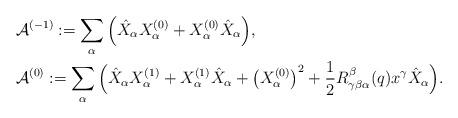
LaTeX: \begin{align*}&\mathcal{A}^{(-1)}:=\sum_{\alpha} \Big(\hat{X}_\alpha X_\alpha^{(0)}+X_\alpha^{(0)}\hat{X}_\alpha\Big),\\&\mathcal{A}^{(0)}:=\sum_{\alpha} \Big(\hat{X}_\alpha X_\alpha^{(1)}+X_\alpha^{(1)}\hat{X}_\alpha+\left(X_\alpha^{(0)}\right)^2+\frac{1}{2}R_{\gamma\beta\alpha}^{\beta}(q)x^\gamma \hat{X}_\alpha\Big).\end{align*}